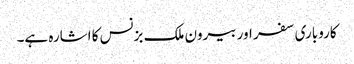
کاروباری سفر اور بیرون ملک بزنس کا اشارہ ہے۔